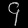
Digit: ၄